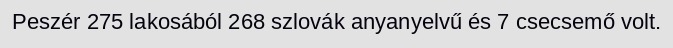
Peszér 275 lakosából 268 szlovák anyanyelvű és 7 csecsemő volt.